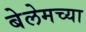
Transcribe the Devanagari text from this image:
बेलेमच्या